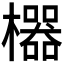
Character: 𱤱